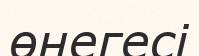
өнегесі